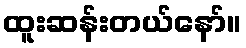
ထူးဆန်းတယ်နော်။